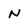
Character: N